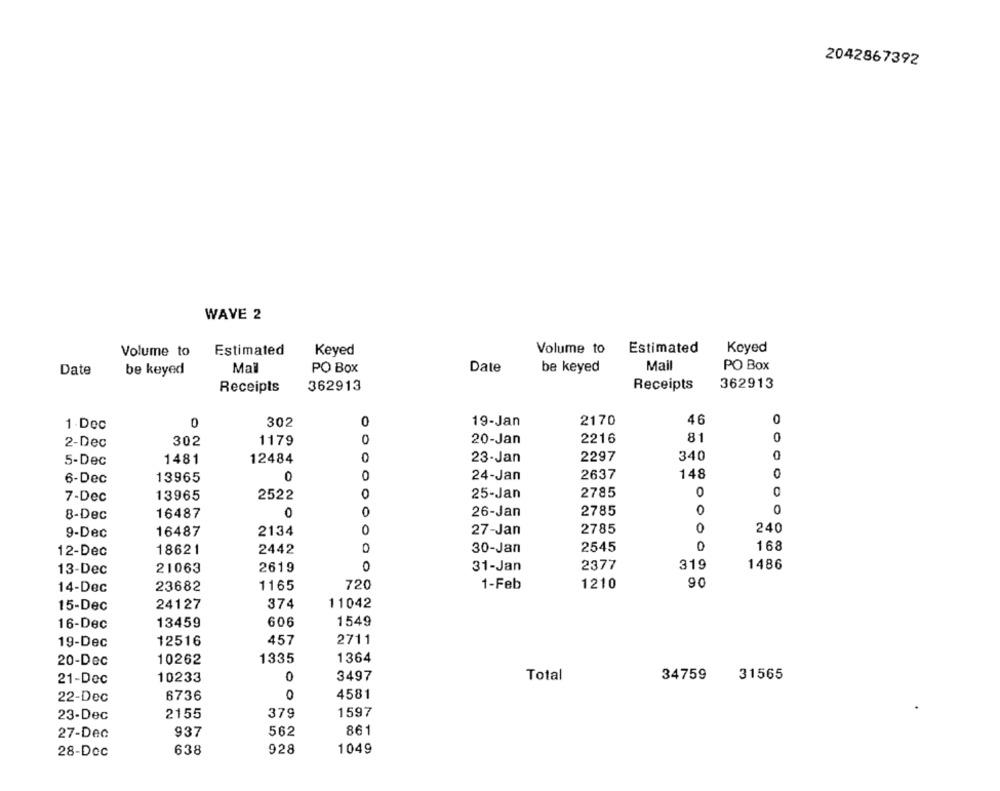
2042867392
WAVE 2
Estimated
Keyed
Volume to
Estimated
Keyed
Volume to
Date
be keyed
Mall
PO Box
Date
be keyed
Mail
PO Box
Receipts
362913
Receipts
362913
0
1 Dec
0
302
0
19-Jan
2170
46
2-Dec
302
1179
20-Jan
2216
81
0
1481
12484
23-Jan
2297
340
0
5-Dec
0
2637
148
0
6-Dec
13965
0
24-Jan
0
7-Dec
13965
2522
0
25-Jan
2785
0
16487
0
26-Jan
2785
0
0
8-Dec
27-Jan
2785
0
240
9-Dec
16487
2134
O
0
168
12-Dec
18621
2442
30-Jan
2545
13-Dec
21063
2619
0
31-Jan
2377
319
1486
1165
720
1-Feb
1210
90
14-Dec
23682
15-Dec
24127
374
11042
16-Dec
13459
606
1549
12516
457
2711
19-Dec
20-Dec
10262
1335
1364
21-Dec
10233
0
3497
Total
34759
31565
0
4581
22-Dec
6736
23-Dec
2155
379
1597
27-Dec
937
562
861
28-Doc
638
928
1049